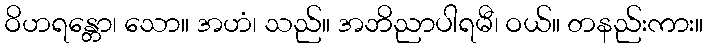
ဝိဟရန္တော၊ သော။ အဟံ၊ သည်။ အဘိညာပါရမီ၊ ဝယ်။ တနည်းကား။